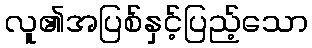
လူ၏အပြစ်နှင့်ပြည့်သော